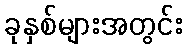
ခုနှစ်များအတွင်း